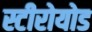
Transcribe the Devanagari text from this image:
स्टीरोयोड